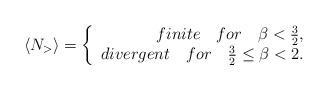
LaTeX: \begin{align*}\langle N_> \rangle = \left\{ \begin{array}{r@{\quad \quad}l}finite\quad for\quad \beta < \frac{3}{2}, \\divergent\quad for\quad \frac{3}{2} \le \beta < 2. \end{array} \right.\end{align*}